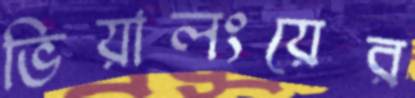
ভিয়ালংয়ের